Code of medical and sanitary regulations for the guidance of medical officers serving in the Madras Presidency - Volume II
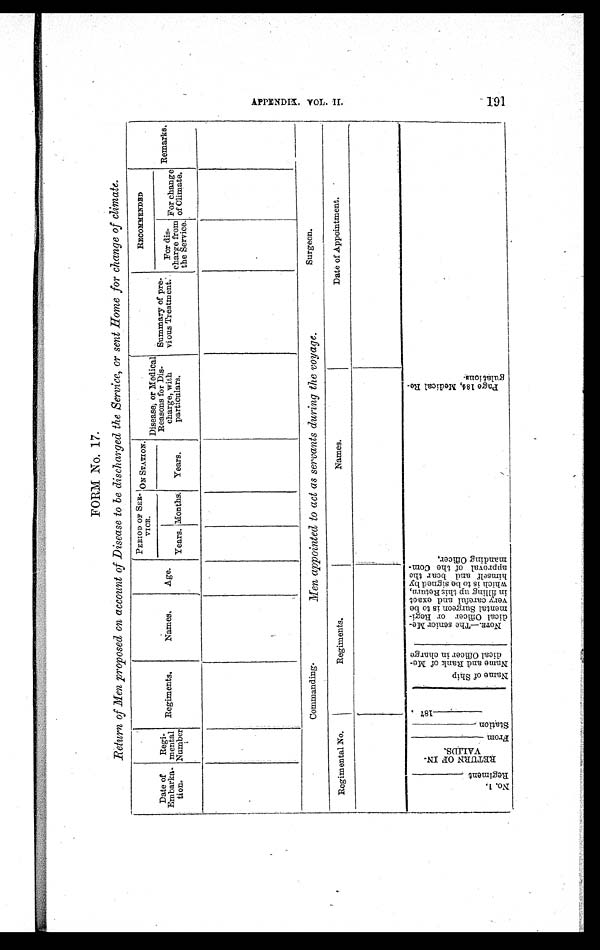
FORM No. 17.
Return of Men proposed on account of Disease to be discharged the Service, or sent Home for change of climate.
Date of
Embarka-
tion.
Regi-
mental
Number
Regiments.
Names.
Age.
PERIOD OF SER-
VICE.
ON STATION.
Disease, or Medical
Reasons for Dis-
charge, with
particulars,
Summary of pre-
vious Treatment:
RECOMMENDBD
Remarks.
Years. Months. Years.
For dis-
charge from
the Service.
For change
of Climate.
Commanding.
Men appointed to act as servants during the voyage.
Surgeon.
Regimental No.
R e g i m e n t s .
Names.
Date of Appointment.
N o . 1 .
R e g i m e n t _ _ _ _ _ _ _ _ _ _ _ _ _ _
R E T U R N O F I N -
V A L I D S .
Fr o m_ _ _ _ _ _ _ _ _ _ _ _ _ _ _ _ _ _ _ _
S t a t i o n _ _ _ _ _ _ _ _ _ _ _ _ _
_ _ _ _ _ _ _ _ _ _ _ _ 1 8 7
N a m e o f S h i p
N a m e a n d R a n k o f M e -
d i c a l O f f i c e r i n c h a r g e
NOTE.—The senior Me-
dical Officer or Regi-
mental Surgeon is to be
very careful and exact
in filling up this Return,
which is to be signed by
himself and bear the
approval of the Com-
manding Officer.
P a g e 1 8 4 , M e d i c a l R e -
g u l a t i o n s .
A P P E N D I X V O L . I I .
191